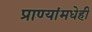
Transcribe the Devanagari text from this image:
प्राण्यांमधेही